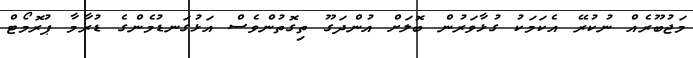
މަޖުބޫރެއް ނުކުރޭ އެކަމަކު ގުޅާވަރުން ބޮލަށް އުންދަގޫ ތިގޮތުންވެސް އަޅުގަނޑުމެންގެ ޑުރާމާ ޕުރޮމޯޓް